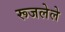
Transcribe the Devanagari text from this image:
रूजलेले